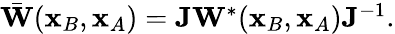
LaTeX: \begin{array}{r}{\bar{\mathbf W}({\mathbf x}_{B},{\mathbf x}_{A})={\mathbf J}{\mathbf W}^{*}({\mathbf x}_{B},{\mathbf x}_{A}){\mathbf J}^{-1}.}\end{array}